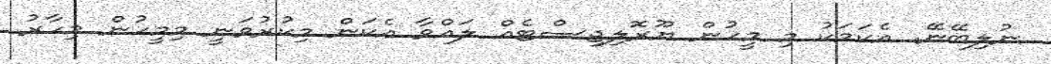
ނުލިބޭނޭ. އެކަމަކު މި މީހުން ޔޫރޮލިޖިސްޓެއް ލައްވާ އެކަން މިކުރުވަނީ މިމީހުން މިހާރު